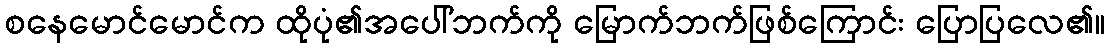
စနေမောင်မောင်က ထိုပုံ၏အပေါ်ဘက်ကို မြောက်ဘက်ဖြစ်ကြောင်း ပြောပြလေ၏။